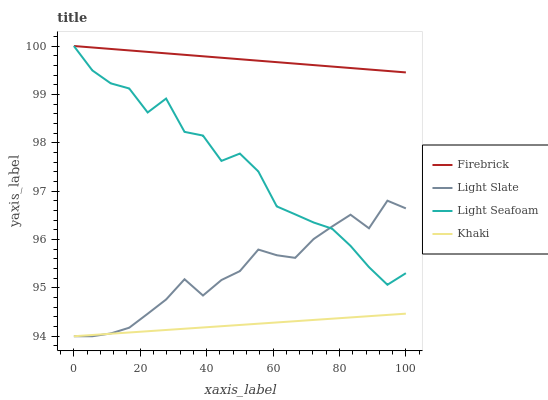
| xaxis_label | Firebrick | Light Slate | Light Seafoam | Khaki |
 | --- | --- | --- | --- | --- |
 | 0 | 100 | 94 | 100 | 94 |
 | 5.56 | 100 | 94 | 99.5 | 94 |
 | 11.1 | 99.9 | 94.1 | 99.2 | 94.1 |
 | 16.7 | 99.9 | 94.2 | 99.1 | 94.1 |
 | 22.2 | 99.9 | 94.5 | 98.6 | 94.1 |
 | 27.8 | 99.8 | 94.8 | 98.9 | 94.1 |
 | 33.3 | 99.8 | 95.2 | 98.2 | 94.2 |
 | 38.9 | 99.8 | 94.8 | 98.1 | 94.2 |
 | 44.4 | 99.8 | 95.2 | 97.6 | 94.2 |
 | 50 | 99.7 | 95.3 | 97.8 | 94.2 |
 | 55.6 | 99.7 | 95.8 | 97.4 | 94.3 |
 | 61.1 | 99.7 | 95.7 | 96.7 | 94.3 |
 | 66.7 | 99.6 | 95.6 | 96.5 | 94.3 |
 | 72.2 | 99.6 | 96 | 96.4 | 94.3 |
 | 77.8 | 99.6 | 96.3 | 96.2 | 94.4 |
 | 83.3 | 99.5 | 96.5 | 95.9 | 94.4 |
 | 88.9 | 99.5 | 96.2 | 95.4 | 94.4 |
 | 94.4 | 99.5 | 96.8 | 95.1 | 94.4 |
 | 100 | 99.5 | 96.6 | 95.3 | 94.5 |